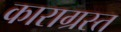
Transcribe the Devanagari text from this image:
काराग्रस्त